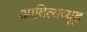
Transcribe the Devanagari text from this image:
आदित्यव्यूह